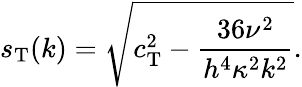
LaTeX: s_{\mathrm{T}}(k)=\sqrt{c_{\mathrm{T}}^{2}-\frac{36\nu^{2}}{h^{4}\kappa^{2}k^{2}}}.